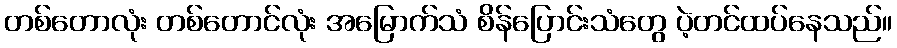
တစ်တောလုံး တစ်တောင်လုံး အမြောက်သံ စိန်ပြောင်းသံတွေ ပဲ့တင်ထပ်နေသည်။